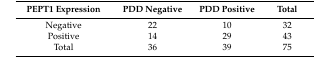
<table><thead><tr><td><b>PEPT1 Expression</b></td><td><b>PDD Negative</b></td><td><b>PDD Positive</b></td><td><b>Total</b></td></tr></thead><tbody><tr><td>Negative</td><td>22</td><td>10</td><td>32</td></tr><tr><td>Positive</td><td>14</td><td>29</td><td>43</td></tr><tr><td>Total</td><td>36</td><td>39</td><td>75</td></tr></tbody></table>